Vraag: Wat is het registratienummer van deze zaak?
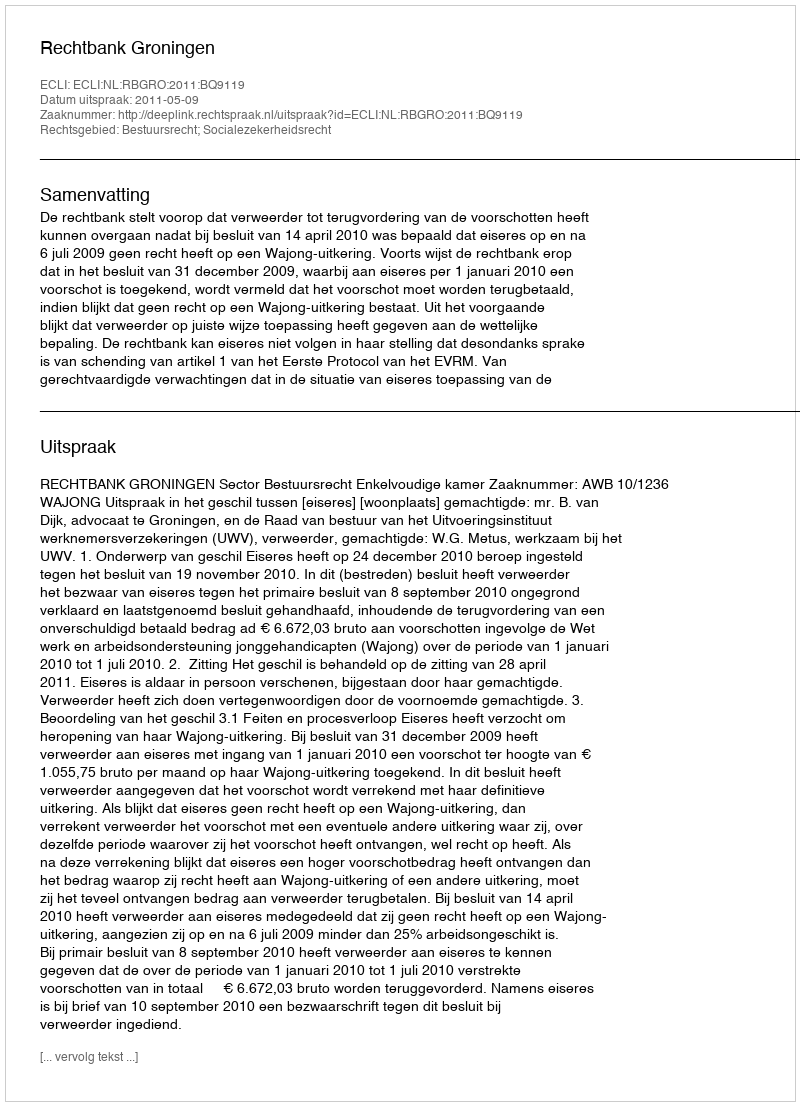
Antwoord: http://deeplink.rechtspraak.nl/uitspraak?id=ECLI:NL:RBGRO:2011:BQ9119